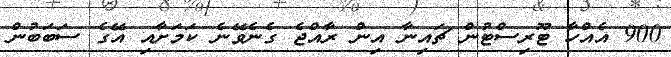
900 އެއްހާ ޓޫރިސްޓުން ޗައިނާ އިން ރާއްޖެ ގެނެވޭނެ ކަމަށާއި އޭގެ ސަބަބުން